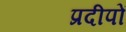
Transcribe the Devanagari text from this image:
प्रदीपों